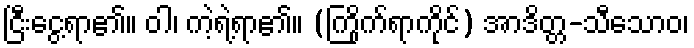
ငြီးငွေ့ရာ၏။ ဝါ၊ ကဲ့ရဲ့ရာ၏။ (ကြိုက်ရာကိုင်) အာဒိတ္တ-သီသောဝ၊